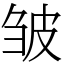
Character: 皱